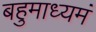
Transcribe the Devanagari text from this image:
बहुमाध्‍यमं